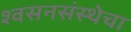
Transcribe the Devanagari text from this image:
श्वसनसंस्थेचा